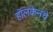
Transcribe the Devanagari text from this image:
हॉलकेनचे